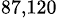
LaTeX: ^\mathrm{87,120}